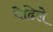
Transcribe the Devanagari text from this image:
वेढिले